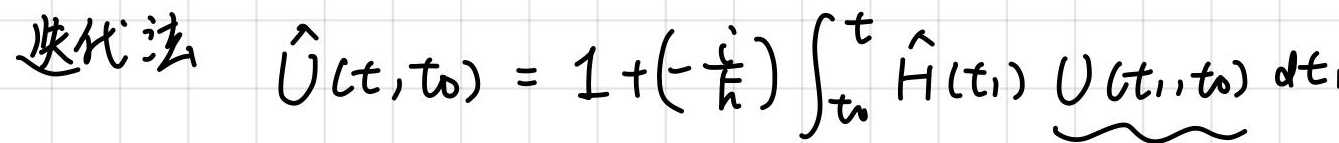
迭代法 $\hat{U}(t,t_0) = 1+(-\frac{i}{\hbar})\int_{t_0}^{t} \hat{H}(t_1) \underbrace{U(t_1,t_0)} dt_1$